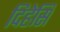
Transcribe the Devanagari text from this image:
दिहेसि